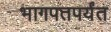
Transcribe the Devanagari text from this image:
भागपतपर्यंत